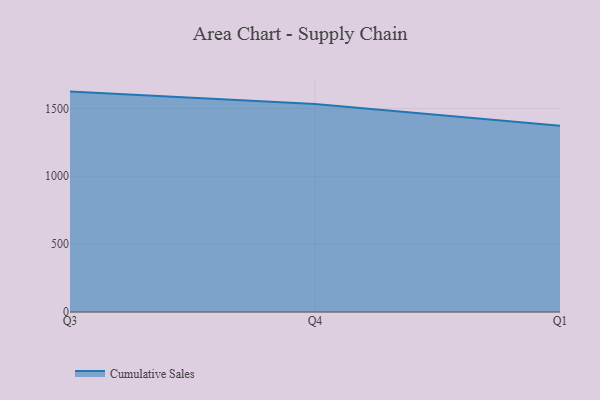
{"axis": {"x": "Quarter", "y": "Active Users"}, "legend": ["Cumulative Sales"], "data": [{"x": "Q3", "y": 1624.0, "type": "Cumulative Sales"}, {"x": "Q4", "y": 1532.9, "type": "Cumulative Sales"}, {"x": "Q1", "y": 1372.5, "type": "Cumulative Sales"}]}